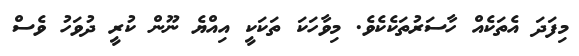
މިފަދަ އެތަކެއް ހާސަރުތަކެކެވެ. މިވާހަކަ ތަކަކީ އިއްޔެ ނޫން ކުރީ ދުވަހު ވެސް